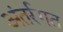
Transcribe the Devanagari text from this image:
अंतर्रगत